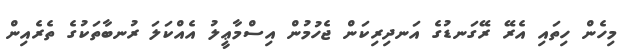
މިހެން ހިތައި އެރޭ ރޭގަނޑުގެ އަނދިރިކަން ޖެހުމުން އިސްމާޢީލު އެއްކަލަ ރުނބާތަކުގެ ތެރެއިން